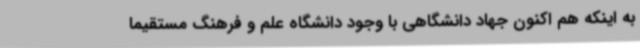
به اینکه هم اکنون جهاد دانشگاهی با وجود دانشگاه علم و فرهنگ مستقیما